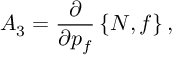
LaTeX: A _ { 3 } = \frac { \partial } { \partial p _ { f } } \left\{ N , f \right\} ,